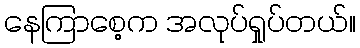
နေကြာစေ့က အလုပ်ရှုပ်တယ်။